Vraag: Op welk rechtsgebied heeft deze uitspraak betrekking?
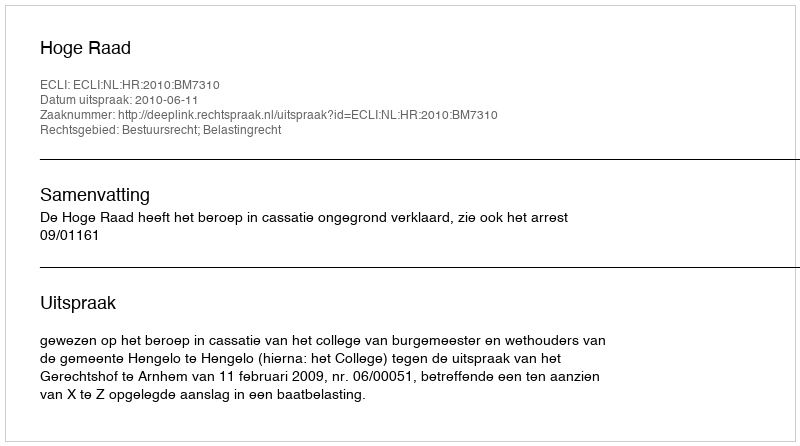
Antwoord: Bestuursrecht; Belastingrecht